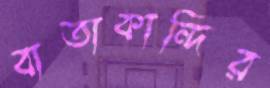
বাতাকান্দির